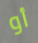
أو